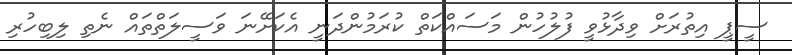
ސީޕީ އިތުރަށް ވިދާޅުވީ ފުލުހުން މަސައްކަތް ކުރަމުންދަނީ އެކަށޭނަ ވަސީލަތްތައް ނެތި ލިބިހުރި